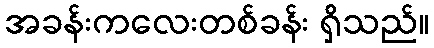
အခန်းကလေးတစ်ခန်း ရှိသည်။